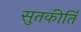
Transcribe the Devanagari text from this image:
सुतकीर्ति